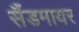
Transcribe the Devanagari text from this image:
सैंडमायर